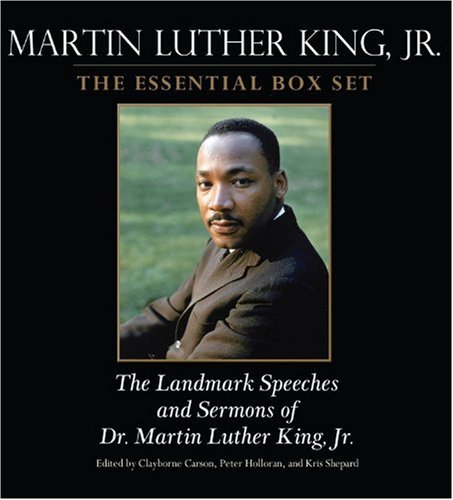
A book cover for Martin Luther King: The Essential Box Set: The Landmark Speeches and Sermons of Martin Luther King, Jr.; Clayborne Carson; Law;